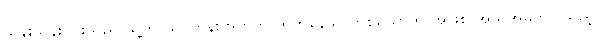
သန်းသန်းဝင်းသည် သူ့ကို သင်တန်းအတူတူ တက်နေသူ တစ်ယောက် အဖြစ် အသိအမှတ်ပြုသည့်